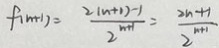
f ( n + 1 ) = \frac { 2 ( n + 1 ) - 1 } { 2 ^ { n + 1 } } = \frac { 2 n + 1 } { 2 ^ { n + 1 } }